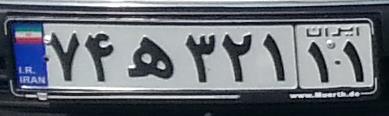
۷۴ه۳۲۱۱۱